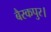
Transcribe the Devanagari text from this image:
बैरकपुर।